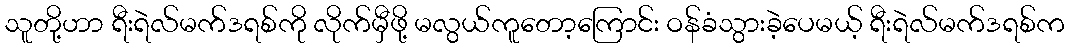
သူတို့ဟာ ရီးရဲလ်မက်ဒရစ်ကို လိုက်မှီဖို့ မလွယ်ကူတော့ကြောင်း ဝန်ခံသွားခဲ့ပေမယ့် ရီးရဲလ်မက်ဒရစ်က